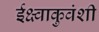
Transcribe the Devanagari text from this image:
ईक्ष्वाकुवंशी